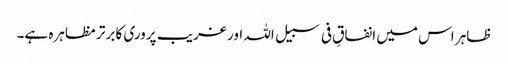
ظاہر اس میں انفاقِ فی سبیل اللہ اور غریب پروری کا برتر مظاہرہ ہے۔